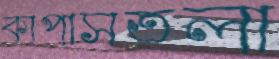
কাপাসতলা